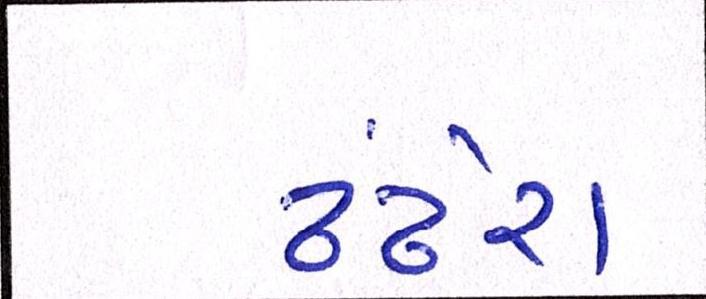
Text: ઢંઢેરા